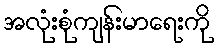
အလုံးစုံကျန်းမာရေးကို